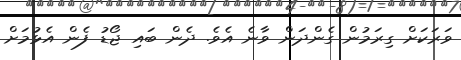
ވަރަކަށް ގިރަމުން ގެންދަން ވާނެ އެވެ. ދެން ބައި ޖޯޑު ފެން އެޅުމަށް